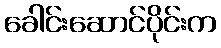
ခေါင်းဆောင်ပိုင်းက